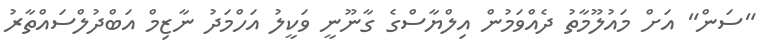
"ސަން" އަށް މައުލޫމާތު ދެއްވަމުން އިލްޔާސްގެ ގާނޫނީ ވަކީލު އަހްމަދު ނާޒިމް އަބްދުލްސައްތާރު